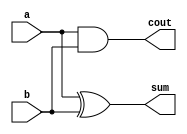
`timescale 1ns / 1ps
//////////////////////////////////////////////////////////////////////////////////
// Company: Elizabethtown College
// 
// Design Name: 4 Bit Adder
// Module Name: half-adder
// Project Name: 4 Bit Adder
// Target Devices: Basys3 FPGA
// Tool Versions: Vuvadi 2018.2
// Description: Half adder component for a 4 bit adder
// 
// Dependencies: 
// 
// Revision: 1.0 - Project Finished
// Revision 0.01 - File Created
// Additional Comments:
// 
//////////////////////////////////////////////////////////////////////////////////


module halfadder(
    input a, b,
    output sum, cout
    );
    
    xor(sum,a,b);
    and(cout,a,b);
endmodule